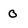
Character: O